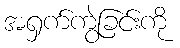
အရှက်ကွဲခြင်းကို